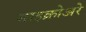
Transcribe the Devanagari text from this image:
माइक्रोअरे